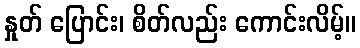
နှုတ် ပြောင်း၊ စိတ်လည်း ကောင်းလိမ့်။